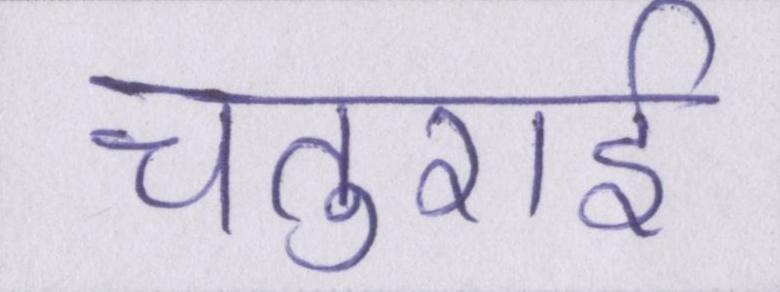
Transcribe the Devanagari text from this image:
चतुराई